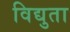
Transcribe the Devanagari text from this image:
विद्युता